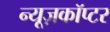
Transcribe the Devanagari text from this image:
न्यूज़कॉप्टर